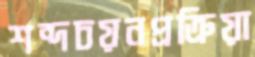
শব্দচয়নপ্রক্রিয়া